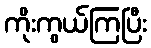
ကိုးကွယ်ကြပြီး